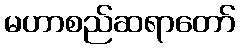
မဟာစည်ဆရာတော်